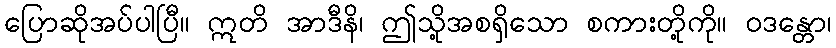
ပြောဆိုအပ်ပါပြီ။ ဣတိ အာဒီနိ၊ ဤသို့အစရှိသော စကားတို့ကို။ ဝဒန္တော၊